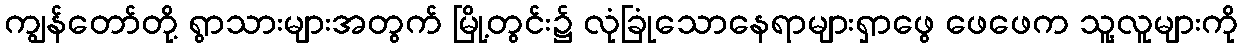
ကျွန်တော်တို့ ရွာသားများအတွက် မြို့တွင်း၌ လုံခြုံသောနေရာများရှာဖွေ ဖေဖေက သူ့လူများကို